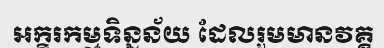
អក្ខរកម្មទិន្នន័យ ដែលរួមមានវគ្គ